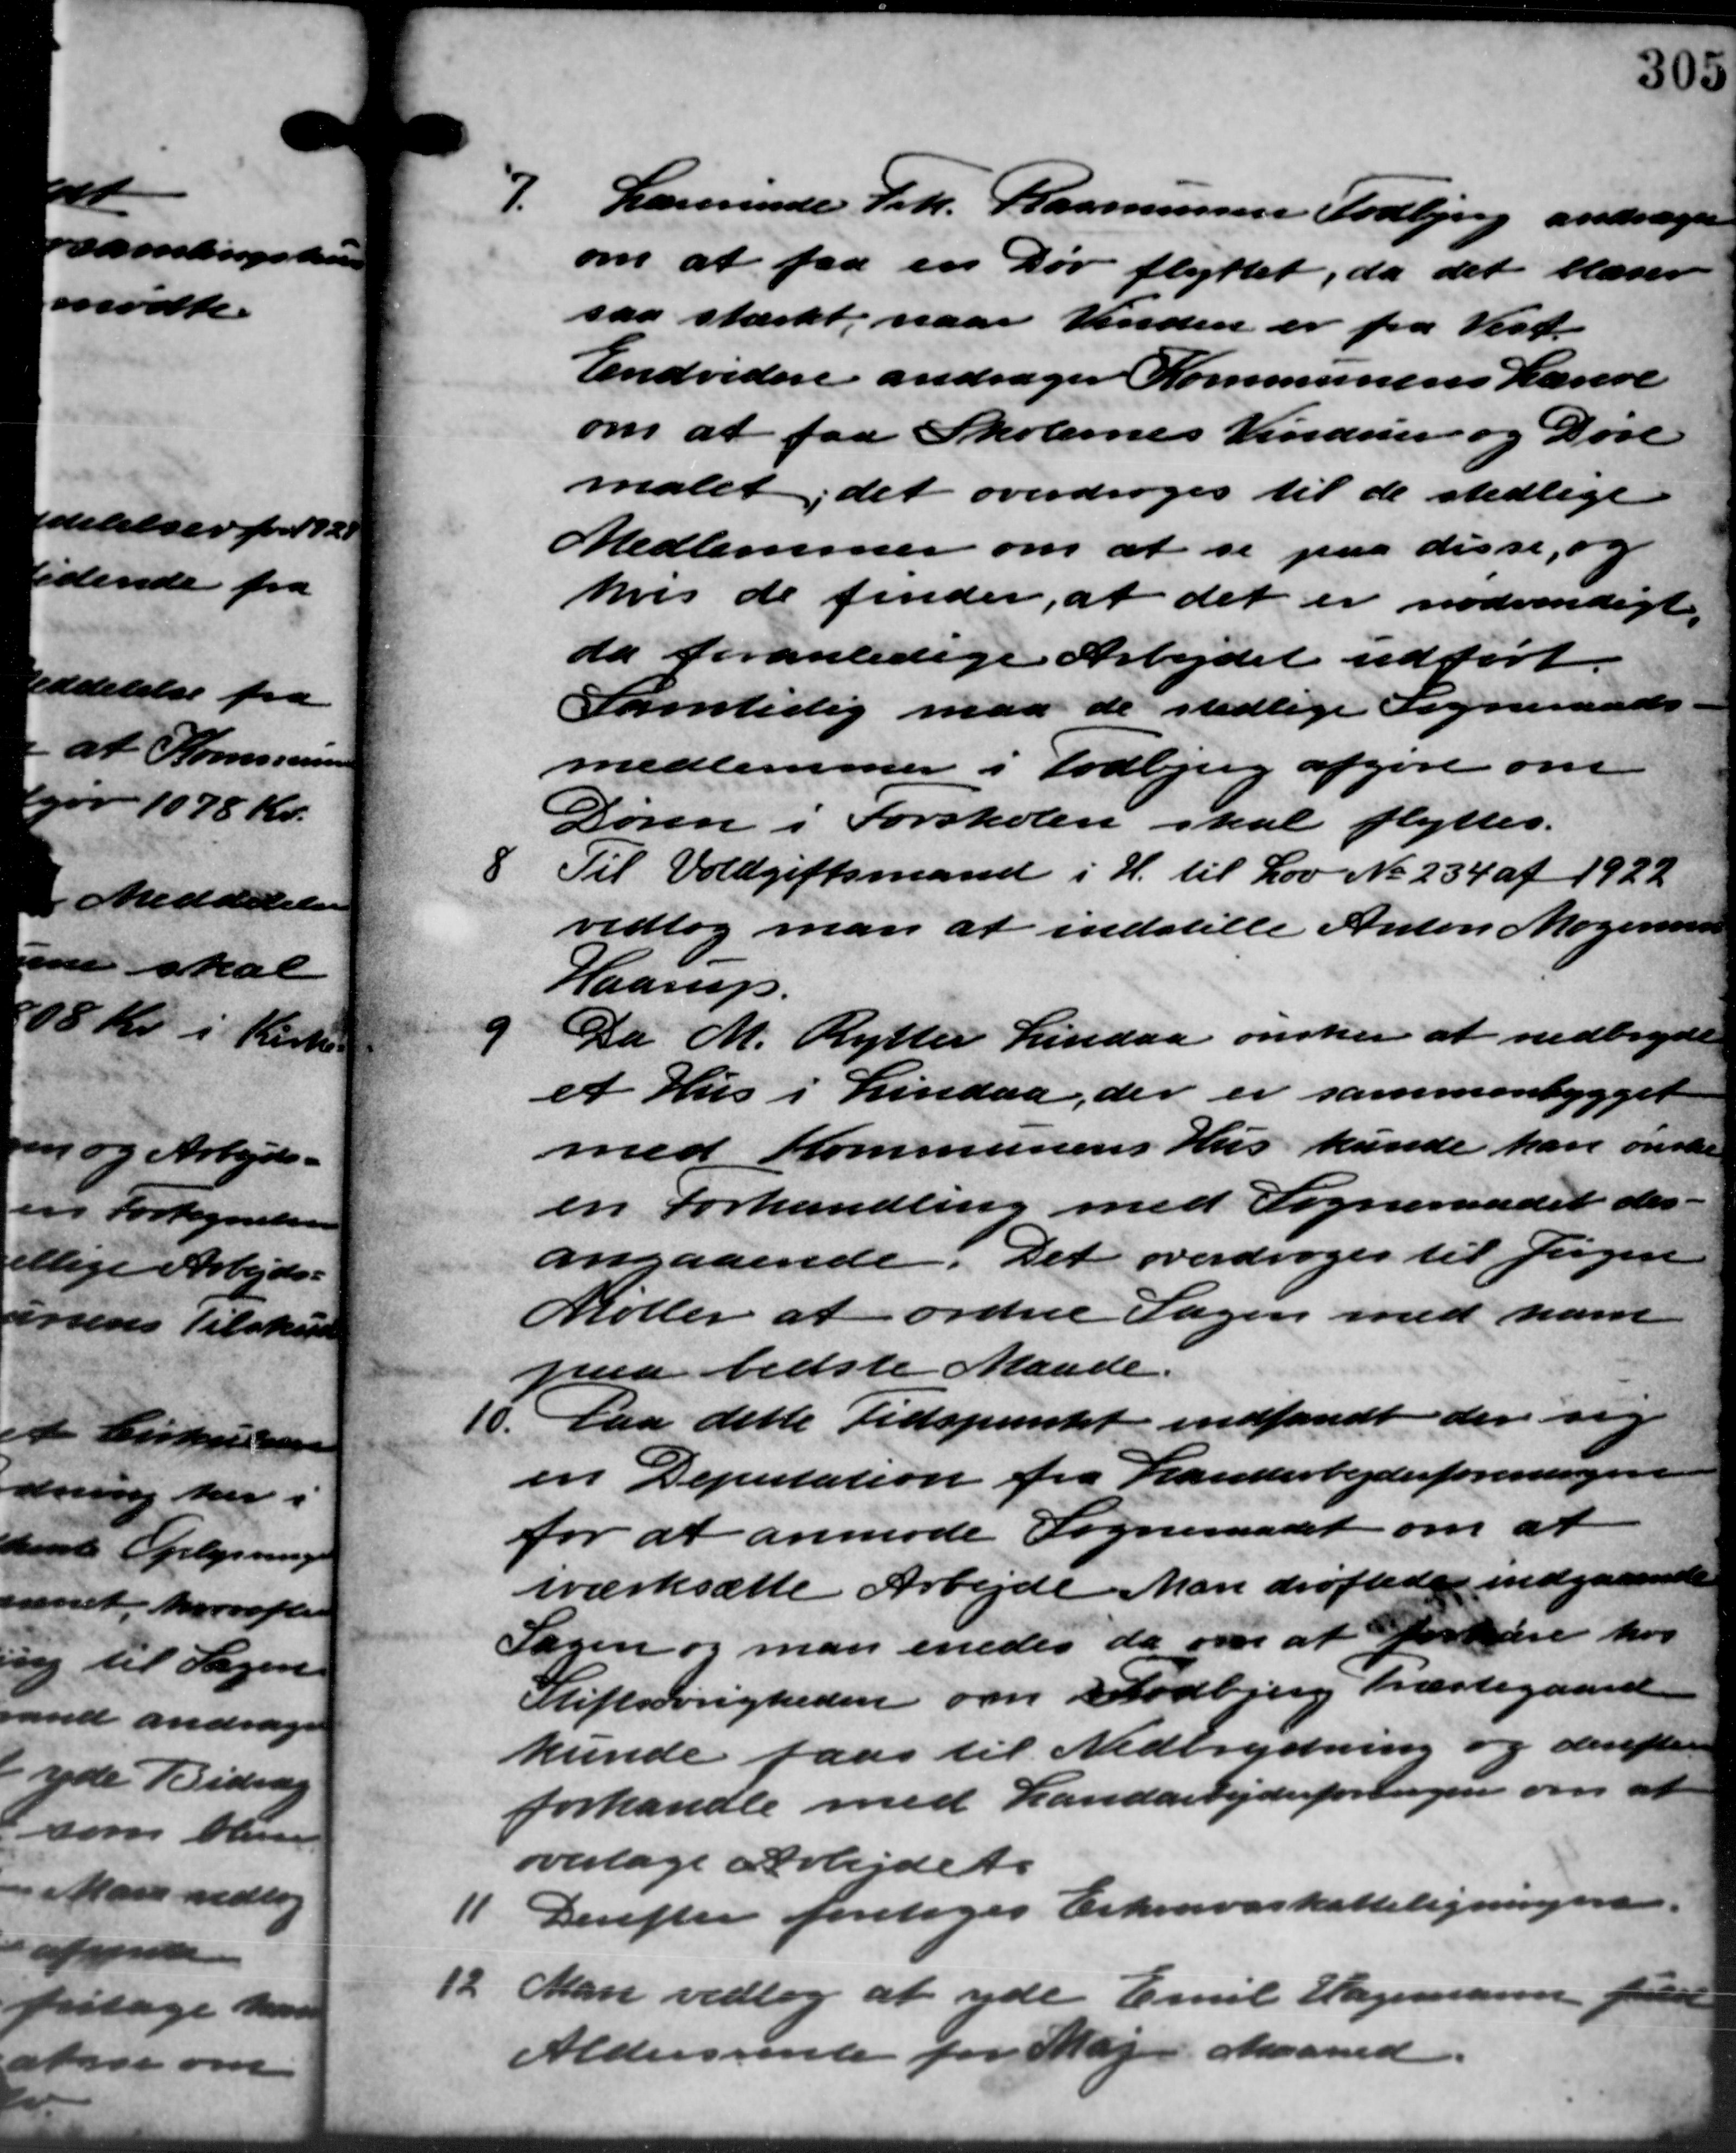
Transskription:
7. Lærerinde Joh. Rasmussen Todbjerg andrager
7. Lærerinde Joh. Rasmussen Todbjerg andrager
om at faa en Dør flyttet, da det blæser
saa stærkt, naar Vinden er fra Vest
Endvidere andrager Kommunens Lærere
om at faa Skolernes Vinduer og Døve
malet, det overdroges til de stedlige
Medlemmer om at se paa disse, og
hvis de finder, at det er nødvendigt.
da foranledige Arbejdet udført
Samtidig maa de stedlige Sogneraads-
medlemmer i Todbjerg afgøre om
Døren i Forskolen skal flyttes.
8 Til Voldgiftsmand i H. til Lov No. 234 af 1922
8 Til Voldgiftsmand i H. til Lov No. 234 af 1922
vedtog man at indstille Anton Mogensen
Haarup.
9
Da M. Rytter Lindaa ønsker at nedbredt
et Hus i Lindaa, der er sammenbygget
med Kommunens Hus kunde kan ønske
en Forhandling med Sogneraadet der
angaaende. Det overdroges til Jørgen
Møller at ordne Sagen med ham
paa bedste Maade.
10.
Paa dette Tidspunkt indfandt der sig
en Deputation fra Landarbejderforeningen
for at anmode Sogneraadet om at
iværksætte Arbejde Man drøftede indgaaende
Sagen og man enedes da om at forære hos
Stiftsøvrigheden om Todbjerg Præstegaard
kunde faas til Nedbrydning og derefterre
forhandle med Landarbejderforeningen om at
vertage Arbejdet.
11 Derefter foretoges Erhvervsskatteligningen.
11 Derefter foretoges Erhvervsskatteligningen.
12. Man vedtog at yde Emil Hagemann
12. Man vedtog at yde Emil Hagemann
Aldersrente for Maj Maaned